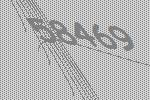
58469